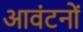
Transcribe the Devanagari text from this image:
आवंटनों